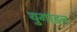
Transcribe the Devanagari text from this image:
युगांडन